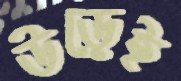
উড়েই